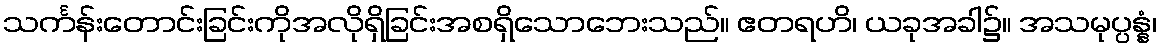
သင်္ကန်းတောင်းခြင်းကိုအလိုရှိခြင်းအစရှိသောဘေးသည်။ ဧတရဟိ၊ ယခုအခါ၌။ အသမုပ္ပန္နံ၊